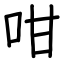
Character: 咁